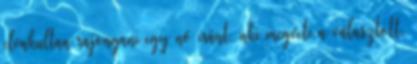
elvakultan rajongani egy nő iránt, aki megveti a választott,